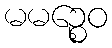
မမဉ္စေဝ